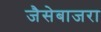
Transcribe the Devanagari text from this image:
जैसेबाजरा